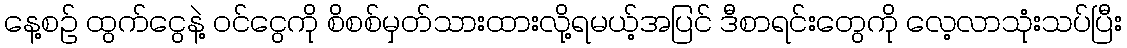
နေ့စဉ် ထွက်ငွေနဲ့ ဝင်ငွေကို စိစစ်မှတ်သားထားလို့ရမယ့်အပြင် ဒီစာရင်းတွေကို လေ့လာသုံးသပ်ပြီး